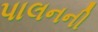
પાલનની